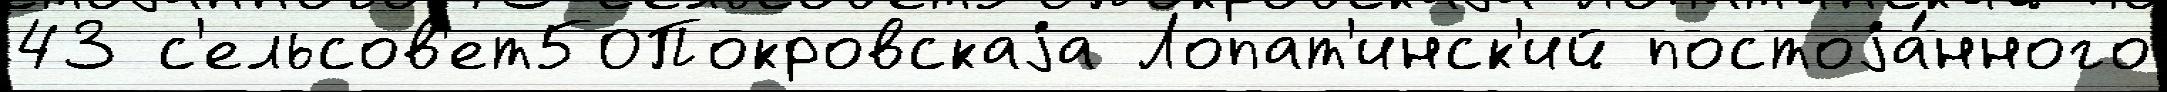
43 с'ельсов'ет50Покровскаjа Лопат'инск'ий постоjа́нного